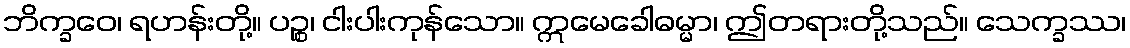
ဘိက္ခဝေ၊ ရဟန်းတို့။ ပဉ္စ၊ ငါးပါးကုန်သော။ ဣမေခေါဓမ္မာ၊ ဤတရားတို့သည်။ သေက္ခဿ၊